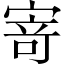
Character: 𭔃